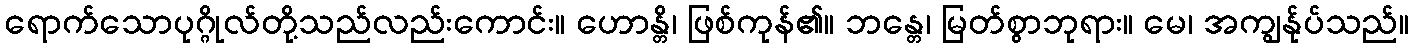
ရောက်သောပုဂ္ဂိုလ်တို့သည်လည်းကောင်း။ ဟောန္တိ၊ ဖြစ်ကုန်၏။ ဘန္တေ၊ မြတ်စွာဘုရား။ မေ၊ အကျွန်ုပ်သည်။